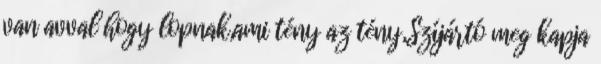
van avval hogy lopnak,ami tény az tény,Szíjártó meg kapja